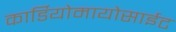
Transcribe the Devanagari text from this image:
कार्डियोमायोसाईट